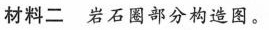
材料二 岩石圈部分构造图。